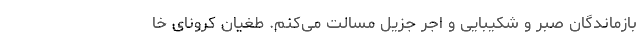
بازماندگان صبر و شکیبایی و اجر جزیل مسالت می‌کنم. طغیان کرونای خا